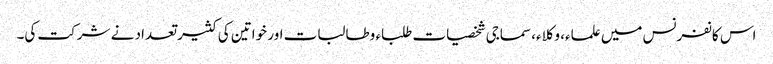
اس کانفرنس میں علماء، وکلاء، سماجی شخصیات طلباء وطالبات اور خواتین کی کثیر تعداد نے شرکت کی۔